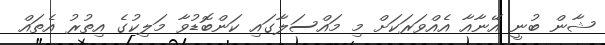
ޝާން ބުނީ އޭނާއާ އެއްވަރަކަށް މި މައްސަލާގައި ކަންބޮޑުވާ މަލިކުގެ އިތުރު އެތައް